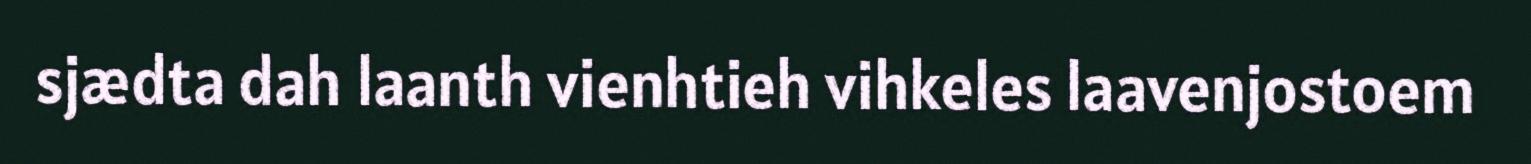
sjædta dah laanth vienhtieh vihkeles laavenjostoem